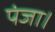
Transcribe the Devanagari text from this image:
पंजा।